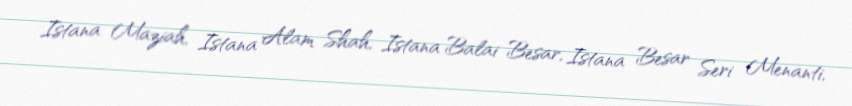
Istana Maziah, Istana Alam Shah, Istana Balai Besar, Istana Besar Seri Menanti,